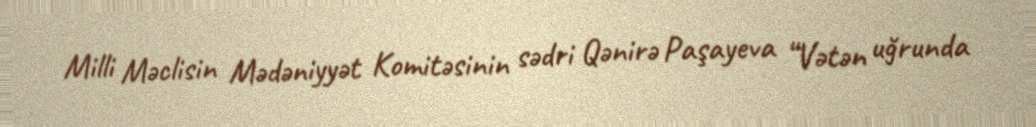
Milli Məclisin Mədəniyyət Komitəsinin sədri Qənirə Paşayeva “Vətən uğrunda